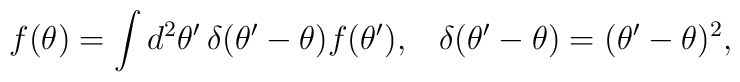
f(\theta)=\int d^2\theta'\,\delta(\theta'-\theta)f(\theta'), \;\;\; \delta(\theta'-\theta)=(\theta'-\theta)^2,